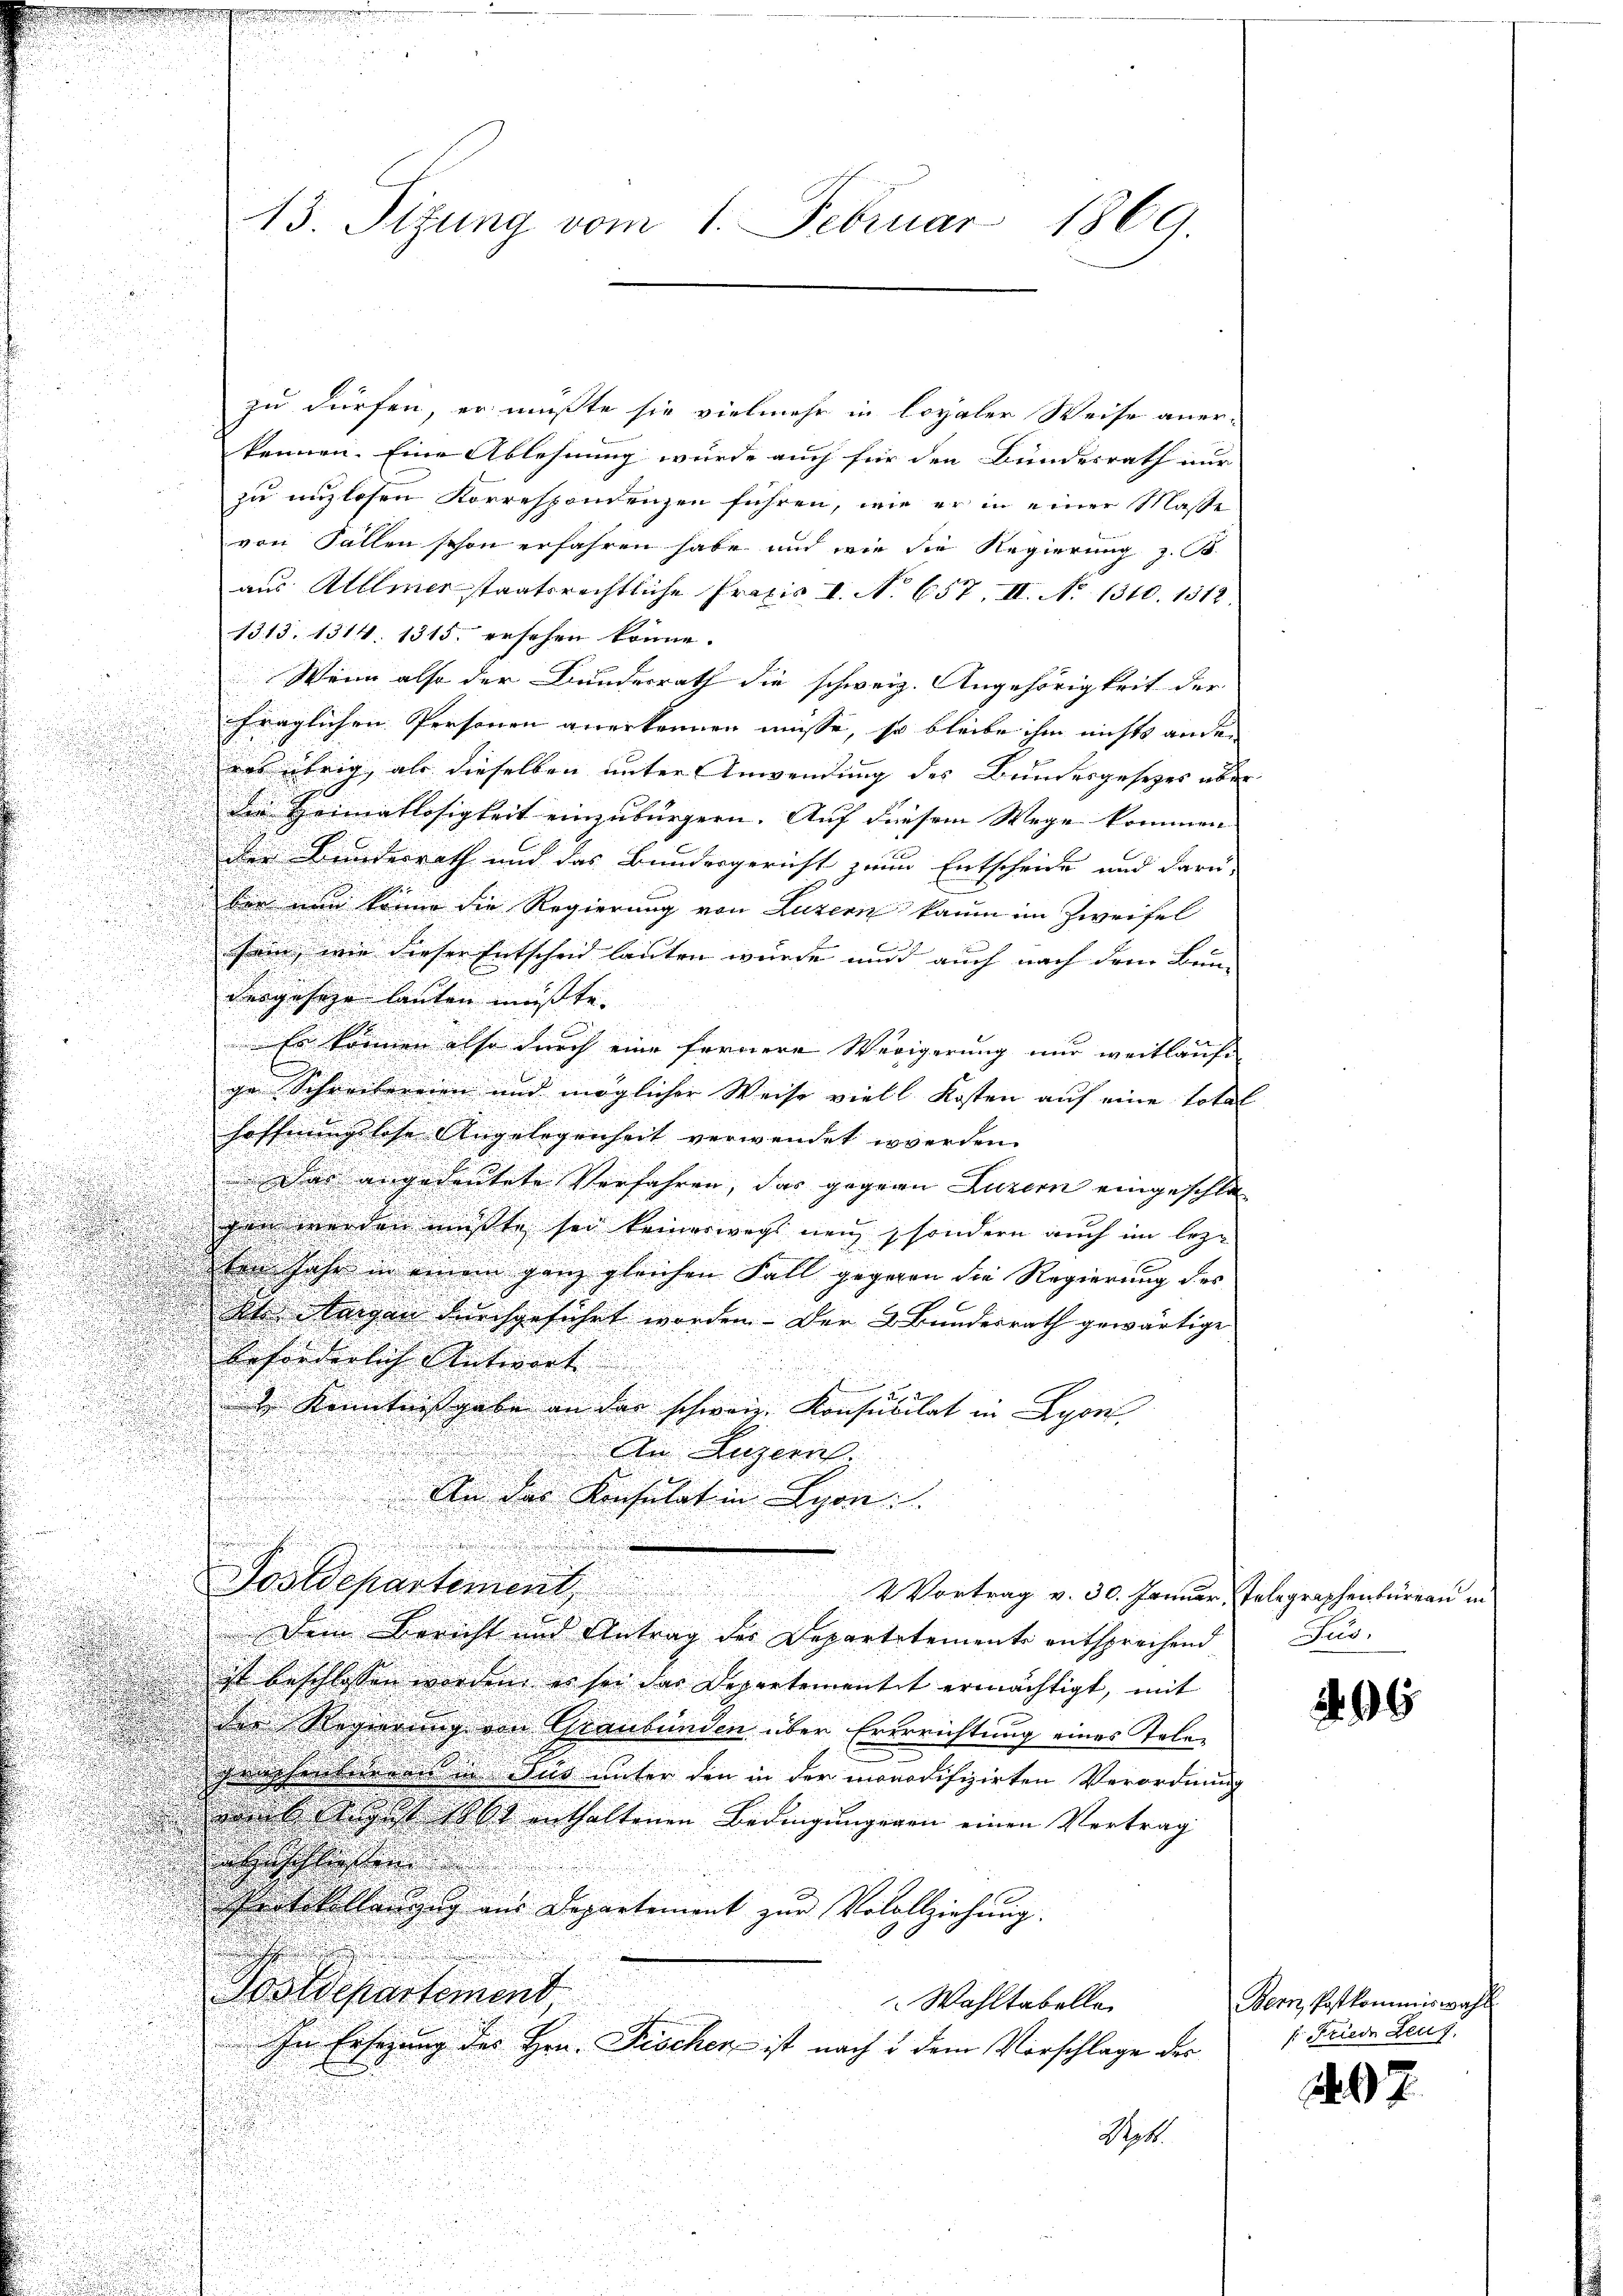
13. Sitzung vom 1. Februar 1869.

zu dürfen, er müßte sie vielmehr in loyaler Weise aner-
kennen. Eine Ablehnung würde auch für den Bundesrath nur
zu unzlosen Korrespondenzen führen, wie er in einer Masse
von Fällen schon erfahren habe und wie die Regierung z. B.
aus Allmer staatsrechtliche Praxis 1. No 657. II. No 1310. 1312.
1313. 1314. 1315. ersehen könne.
Wenn also der Bundesrath die schweiz. Angehörigkeit der |
fraglichen Personen anerkennen müsse, so bleibe ihm nichts ander
ras übrig, als dieselben unter Anwendung des Bundesgesetzes aber
die Heimatlosigkeit einzubürgern. Auf diesem Wege kommen |
der Bundesrath und das Bundergericht zum Entscheide und daru-
ber nun könne die Regierung von Luzern kaum im Zweifel

sein, wie dieser Entscheid lauten wurde und auch nach dem Bun-
dergeseze lauten müsste.

u
Er können also durch eine fernere Werigerung nur weitläufe
i
ge Schreibereien und möglicher Weise viell Kosten auf eine Total
Hoffnungslose Angelegenheit verwendet werden.
a
Das angedeutete Verfahren, das gegene Luzern eingeschla- |
gen werden mußte sei keinerwegs neu, sondern auch im lezin Jahr in einem ganz gleichen Fall gegenen die Regierung des
Ihr Margau durchgeführt worden. - Der 2 Bundesrath gewärtige
beforderlich Antwort
 Kenntnißgabe an das schweiz. Konsucitat in Lyon

An Luzern,
u
An das Konsulat in Lyon
d
.
e
Sostdepartement. 2 Vortrag v. 30. Januar, Telegraphenbureau in
Dem Bericht und Antrag der Departetemente entsprechend
ist beschlossen werden er sei das Departementit ermächtigt, mit
der Regierung von Graubünden über Ererrichtung eines Tole-
d
graphendenen in Sud unter den in der monodifizirten Verordnung
h gestellt enthaltenen Bedingŭngegen einen Vertrag
heschliessen
rtokollenzug aus Departement zur Volollziehŭng.
d
Postdepartement,
Wahltabelle
In Ersezung des Hrn. Fischer ist nach & dem Vorschlage des
Rot

Fees.

96

Bern, Postkommiswahl
 Friede Zeug

7